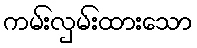
ကမ်းလှမ်းထားသော